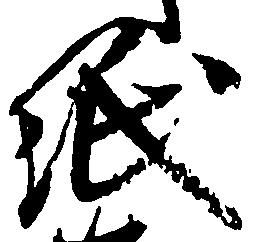
紙